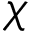
\chi